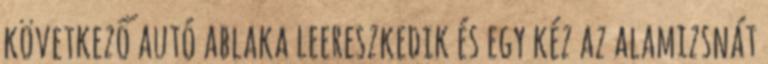
következő autó ablaka leereszkedik és egy kéz az alamizsnát